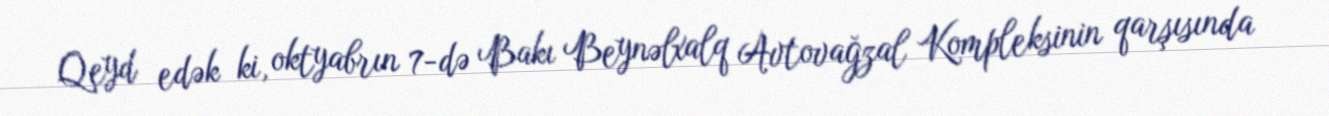
Qeyd edək ki, oktyabrın 7-də Bakı Beynəlxalq Avtovağzal Kompleksinin qarşısında